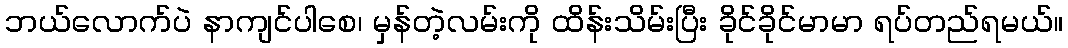
ဘယ်လောက်ပဲ နာကျင်ပါစေ၊ မှန်တဲ့လမ်းကို ထိန်းသိမ်းပြီး ခိုင်ခိုင်မာမာ ရပ်တည်ရမယ်။